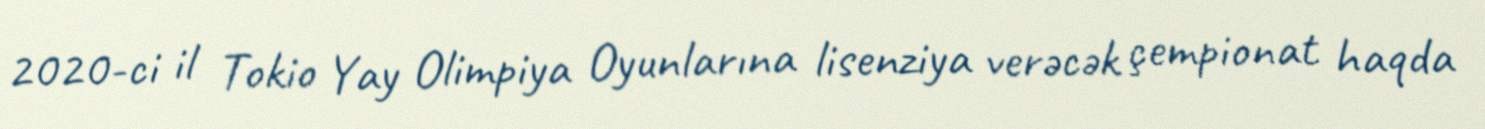
2020-ci il Tokio Yay Olimpiya Oyunlarına lisenziya verəcək çempionat haqda